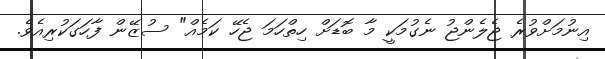
އިނުމަށްވުރެ ޖެލެންޖު ނެގުމަކީ މާ ބޮޑަށް ހިތްހަމަ ޖެހޭ ކަމެއް" ސުޒޭން ފާހަގަކުރިއެވެ.